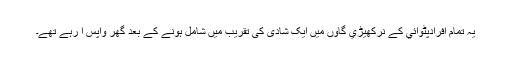
یہ تمام افرادپٹوائي کے نركھیڑي گاؤں میں ایک شادی کی تقریب میں شامل ہونے کے بعد گھر واپس آ رہے تھے۔